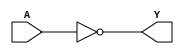
module NOT(Y,A);
	input A;
	output Y;
	nand(Y,A,A);
endmodule

module OR(Y,A,B);
	input A,B;
	output Y;
	wire x,z;
	nand (x,A,A);
	nand (z,B,B);
	nand (Y,x,z);
endmodule

module OR_8(Y,IN0,IN1,IN2,IN3,IN4,IN5,IN6,IN7);
	input IN0,IN1,IN2,IN3,IN4,IN5,IN6,IN7;
	output Y;
	wire w1,w2,w3,w4,w5,w6;
	OR or_1(w1,IN0,IN1);
	OR or_2(w2,w1,IN2);
	OR or_3(w3,w2,IN3);
	OR or_4(w4,w3,IN4);
	OR or_5(w5,w4,IN5);
	OR or_6(w6,w5,IN6);
	OR or_7(Y,w6,IN7);
endmodule

module AND(Y,A,B);
	input A,B;
	output Y;
	wire x;	
	nand(x,A,B);
	nand(Y,x,x);
endmodule

module MUX21(Y,S,D1,D2);
	output Y;
	input S,D1,D2;
	wire s,d1,d2;
	NOT n_1(s,S);
	AND and_1(d1,D1,s);
	AND and_2(d2,D2,S);
	OR or_1(Y,d1,d2);
endmodule

module NEGATOR_16(Y,IN);
    
    output [15:0]Y;
    input [15:0]IN;
        
    nand(Y[0],IN[0],IN[0]);
    nand(Y[1],IN[1],IN[1]);
    nand(Y[2],IN[2],IN[2]);
    nand(Y[3],IN[3],IN[3]);
    nand(Y[4],IN[4],IN[4]);
    nand(Y[5],IN[5],IN[5]);
    nand(Y[6],IN[6],IN[6]);
    nand(Y[7],IN[7],IN[7]);
    nand(Y[8],IN[8],IN[8]);
    nand(Y[9],IN[9],IN[9]);
    nand(Y[10],IN[10],IN[10]);
    nand(Y[11],IN[11],IN[11]);
    nand(Y[12],IN[12],IN[12]);
    nand(Y[13],IN[13],IN[13]);
    nand(Y[14],IN[14],IN[14]);
    nand(Y[15],IN[15],IN[15]);
endmodule

module HALF_ADDER(COUT,SUM,IN0,IN1);
	input IN0,IN1;
	output COUT,SUM;
	wire t1,t2,t3;
	nand(t1,IN0,IN1);
	nand(t2,t1,IN0);
	nand(t3,t1,IN1);
	nand(SUM,t2,t3);
	nand(COUT,t1,t1);
endmodule 

module FULL_ADDER(COUT,SUM,IN0,IN1,CIN);
	input IN0,IN1,CIN;
	output COUT,SUM;
	wire wc1,wc2,wsum;
	HALF_ADDER Half_Adder_1(wc,wsum,IN0,IN1);
	HALF_ADDER Half_Adder_2(wc2,SUM,wsum,CIN);
	OR or_1(COUT,wc,wc2);
endmodule

module ADDER_16(COUT,SUM,IN0,IN1,CIN);
	input CIN;	
	input[15:0] IN0,IN1;
	output COUT;
	output [15:0] SUM;
	wire[14:0] carry;
	FULL_ADDER Full_Adder_1(carry[0],SUM[0],IN0[0],IN1[0],CIN);
	FULL_ADDER Full_Adder_2(carry[1],SUM[1],IN0[1],IN1[1],carry[0]);
	FULL_ADDER Full_Adder_3(carry[2],SUM[2],IN0[2],IN1[2],carry[1]);
	FULL_ADDER Full_Adder_4(carry[3],SUM[3],IN0[3],IN1[3],carry[2]);
	FULL_ADDER Full_Adder_5(carry[4],SUM[4],IN0[4],IN1[4],carry[3]);
	FULL_ADDER Full_Adder_6(carry[5],SUM[5],IN0[5],IN1[5],carry[4]);
	FULL_ADDER Full_Adder_7(carry[6],SUM[6],IN0[6],IN1[6],carry[5]);
	FULL_ADDER Full_Adder_8(carry[7],SUM[7],IN0[7],IN1[7],carry[6]);
	FULL_ADDER Full_Adder_9(carry[8],SUM[8],IN0[8],IN1[8],carry[7]);
	FULL_ADDER Full_Adder_10(carry[9],SUM[9],IN0[9],IN1[9],carry[8]);
	FULL_ADDER Full_Adder_11(carry[10],SUM[10],IN0[10],IN1[10],carry[9]);
	FULL_ADDER Full_Adder_12(carry[11],SUM[11],IN0[11],IN1[11],carry[10]);
	FULL_ADDER Full_Adder_13(carry[12],SUM[12],IN0[12],IN1[12],carry[11]);
	FULL_ADDER Full_Adder_14(carry[13],SUM[13],IN0[13],IN1[13],carry[12]);
	FULL_ADDER Full_Adder_15(carry[14],SUM[14],IN0[14],IN1[14],carry[13]);
	FULL_ADDER Full_Adder_16(COUT,SUM[15],IN0[15],IN1[15],carry[14]);
endmodule 

module ALU(out,x,y,zr,ng,zx,nx,zy,ny,f,no);
    input [15:0] x,y;
    output [15:0] out;
    output zr,ng;
	input  zx,nx,zy,ny,f,no;
    wire [15:0] x1,y1,xinv,yinv,xf,yf,fadd,fand,fout,foutn;
    MUX21 mux21_1[15:0](x1,zx,x,16'b0000000000000000);
    MUX21 mux21_2[15:0](y1,zy,y,16'b0000000000000000);
    NEGATOR_16 negator_16_1(xinv,x1);
    NEGATOR_16 negator_16_2(yinv,y1);
    MUX21 mux21_3[15:0](xf,nx,x1,xinv);
    MUX21 mux21_4[15:0](yf,ny,y1,yinv);
    ADDER_16 adder_16_1(,fadd,xf,yf,1'b0);
    AND and_1[15:0](fand,xf,yf);
    MUX21 mux21_5[15:0](fout,f,fand,fadd);
    NEGATOR_16 negator_16_3(foutn,fout);
    MUX21 mux21_6[15:0](out,no,fout,foutn);
	wire zr_1,zr_2,zr_3;
	OR_8 or_8_1(zr_1,out[0],out[1],out[2],out[3],out[4],out[5],out[6],out[7]);
	OR_8 or_8_2(zr_2,out[8],out[9],out[10],out[11],out[12],out[13],out[14],out[15]);
	OR or_1(zr_3,zr_1,zr_2);
	NOT not_1(zr,zr_3);
	assign ng=out[15];
endmodule


module TESTBENCH_ALU;
	reg [15:0] in0,in1;
	wire zr,ng;
    wire [15:0] out;
	reg zx,nx,zy,ny,f,no;
	integer i,j;
	ALU alu_1(out,in0,in1,zr,ng,zx,nx,zy,ny,f,no);
	initial
		begin	
			i=3;j=5;
	#10	in0=i;in1=j; zx=1'b1; nx=1'b0; zy=1'b1; ny=1'b0; f=1'b1; no=1'b0;
  	#10 in0=i;in1=j; zx=1'b1; nx=1'b1; zy=1'b1; ny=1'b1; f=1'b1; no=1'b1; 
  	#10 in0=i;in1=j; zx=1'b1; nx=1'b1; zy=1'b1; ny=1'b0; f=1'b1; no=1'b0; 
  	#10 in0=i;in1=j; zx=1'b0; nx=1'b0; zy=1'b1; ny=1'b1; f=1'b0; no=1'b0; 
 	#10 in0=i;in1=j; zx=1'b1; nx=1'b1; zy=1'b0; ny=1'b0; f=1'b0; no=1'b0; 
 	#10 in0=i;in1=j; zx=1'b0; nx=1'b0; zy=1'b1; ny=1'b1; f=1'b0; no=1'b1; 
 	#10 in0=i;in1=j; zx=1'b1; nx=1'b1; zy=1'b0; ny=1'b0; f=1'b0; no=1'b1; 
 	#10 in0=i;in1=j; zx=1'b0; nx=1'b0; zy=1'b1; ny=1'b1; f=1'b1; no=1'b1; 
	#10 in0=i;in1=j; zx=1'b1; nx=1'b1; zy=1'b0; ny=1'b0; f=1'b1; no=1'b1; 
  	#10 in0=i;in1=j; zx=1'b0; nx=1'b1; zy=1'b1; ny=1'b1; f=1'b1; no=1'b1; 
  	#10 in0=i;in1=j; zx=1'b1; nx=1'b1; zy=1'b0; ny=1'b1; f=1'b1; no=1'b1; 
  	#10 in0=i;in1=j; zx=1'b0; nx=1'b0; zy=1'b1; ny=1'b1; f=1'b1; no=1'b0; 
  	#10 in0=i;in1=j; zx=1'b1; nx=1'b1; zy=1'b0; ny=1'b0; f=1'b1; no=1'b0; 
  	#10 in0=i;in1=j; zx=1'b0; nx=1'b0; zy=1'b0; ny=1'b0; f=1'b1; no=1'b0; 
  	#10 in0=i;in1=j; zx=1'b0; nx=1'b1; zy=1'b0; ny=1'b0; f=1'b1; no=1'b1; 
 	#10 in0=i;in1=j; zx=1'b0; nx=1'b0; zy=1'b0; ny=1'b1; f=1'b1; no=1'b1;
  	#10 in0=i;in1=j; zx=1'b0; nx=1'b0; zy=1'b0; ny=1'b0; f=1'b0; no=1'b0; 
  	#10 in0=i;in1=j; zx=1'b0; nx=1'b1; zy=1'b0; ny=1'b1; f=1'b0; no=1'b1;
	#100 $finish;
end
endmodule